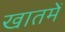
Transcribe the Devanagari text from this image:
खातमें